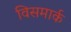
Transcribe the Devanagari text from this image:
विसमार्क